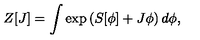
Z [ J ] = \int \exp \left( S [ \phi ] + J \phi \right) d \phi ,